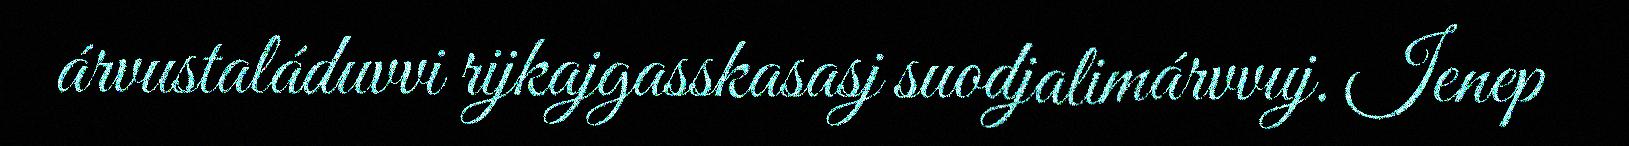
árvustaláduvvi rijkajgasskasasj suodjalimárvvuj. Ienep